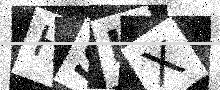
Text: HSIX